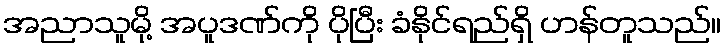
အညာသူမို့ အပူဒဏ်ကို ပိုပြီး ခံနိုင်ရည်ရှိ ဟန်တူသည်။